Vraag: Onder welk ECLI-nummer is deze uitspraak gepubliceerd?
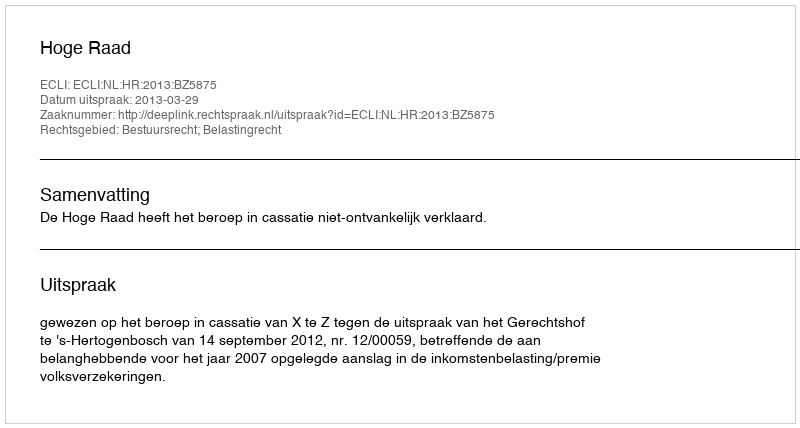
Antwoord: ECLI:NL:HR:2013:BZ5875